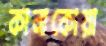
কানাকোয়া